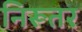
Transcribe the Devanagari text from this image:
निरूतर